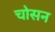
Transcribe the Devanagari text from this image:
चोसन